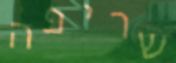
שריפה